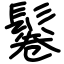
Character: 鬈